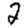
Digit: 2